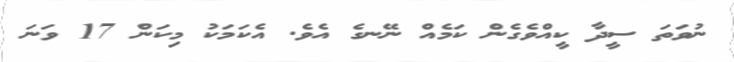
ނުވަތަ ސީދާ ކީއްވެގެން ކަމެއް ނޭނގެ އެވެ. އެކަމަކު މިކަން 17 ވަނަ